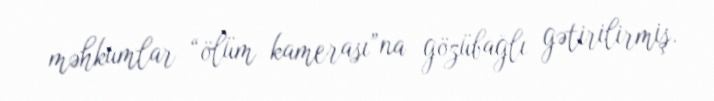
məhkumlar “ölüm kamerası”na gözübağlı gətirilirmiş.